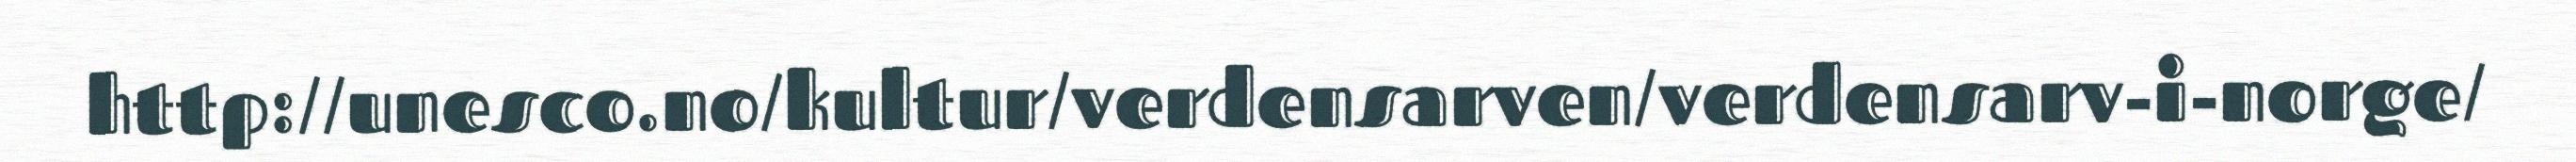
http://unesco.no/kultur/verdensarven/verdensarv-i-norge/